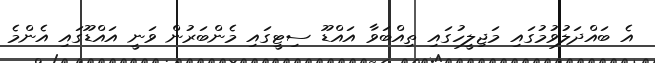
އެ ބައްދަލުވުމުގައި މަޖިލީހުގައި ތިއްބަވާ އައްޑޫ ސިޓީގައި މެންބަރުން ވަނީ އައްޑޫގައި އެންމެ